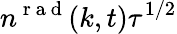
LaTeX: n^{\mathrm{~r~a~d~}}(k,t)\tau^{1/2}